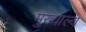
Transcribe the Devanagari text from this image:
मुख्याल्य